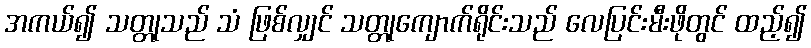
အကယ်၍ သတ္တုသည် သံ ဖြစ်လျှင် သတ္တုကျောက်ရိုင်းသည် လေပြင်းမီးဖိုတွင် ထည့်၍